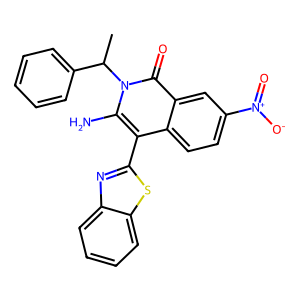
SMILES: CC(c1ccccc1)n1c(N)c(-c2nc3ccccc3s2)c2ccc([N+](=O)[O-])cc2c1=O
Inhibits HIV replication: No